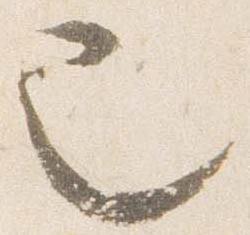
也